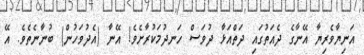
އަނިޔާވެރިޔާ އޭނާގެ ދެއަތުގައި ދަތްއަޅާ ދުވަސް ހަނދުމަކުރާށެވެ! އޭނާ (އެދުވަހުން) ބުނާނެތެވެ. އޭ